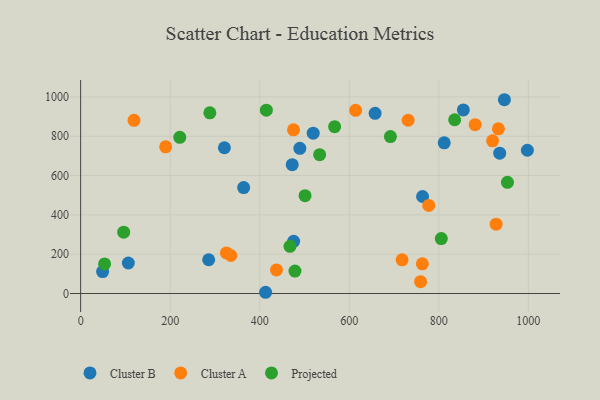
{"axis": {"x": "Investment", "y": "Profit"}, "legend": ["Cluster A", "Cluster B", "Projected"], "data": [{"x": "997.8", "y": 728.6, "type": "Cluster B"}, {"x": "519.4", "y": 815.5, "type": "Cluster B"}, {"x": "475.7", "y": 265.4, "type": "Cluster B"}, {"x": "936.0", "y": 713.9, "type": "Cluster B"}, {"x": "49.1", "y": 111.9, "type": "Cluster B"}, {"x": "321.1", "y": 741.3, "type": "Cluster B"}, {"x": "106.5", "y": 155.3, "type": "Cluster B"}, {"x": "946.5", "y": 985.6, "type": "Cluster B"}, {"x": "364.1", "y": 538.9, "type": "Cluster B"}, {"x": "413.1", "y": 6.4, "type": "Cluster B"}, {"x": "489.6", "y": 738.2, "type": "Cluster B"}, {"x": "472.6", "y": 655.4, "type": "Cluster B"}, {"x": "657.7", "y": 916.2, "type": "Cluster B"}, {"x": "763.7", "y": 493.5, "type": "Cluster B"}, {"x": "286.0", "y": 171.8, "type": "Cluster B"}, {"x": "812.0", "y": 766.5, "type": "Cluster B"}, {"x": "854.8", "y": 933.8, "type": "Cluster B"}, {"x": "933.1", "y": 837.4, "type": "Cluster A"}, {"x": "718.0", "y": 171.3, "type": "Cluster A"}, {"x": "119.2", "y": 880.8, "type": "Cluster A"}, {"x": "614.2", "y": 931.9, "type": "Cluster A"}, {"x": "325.5", "y": 206.6, "type": "Cluster A"}, {"x": "777.5", "y": 448.0, "type": "Cluster A"}, {"x": "335.5", "y": 193.4, "type": "Cluster A"}, {"x": "881.2", "y": 858.9, "type": "Cluster A"}, {"x": "759.2", "y": 60.2, "type": "Cluster A"}, {"x": "437.4", "y": 120.0, "type": "Cluster A"}, {"x": "731.5", "y": 881.3, "type": "Cluster A"}, {"x": "189.9", "y": 746.1, "type": "Cluster A"}, {"x": "928.0", "y": 352.9, "type": "Cluster A"}, {"x": "763.2", "y": 151.1, "type": "Cluster A"}, {"x": "475.5", "y": 832.5, "type": "Cluster A"}, {"x": "920.1", "y": 776.7, "type": "Cluster A"}, {"x": "478.7", "y": 114.1, "type": "Projected"}, {"x": "567.3", "y": 848.6, "type": "Projected"}, {"x": "953.3", "y": 565.7, "type": "Projected"}, {"x": "691.9", "y": 798.4, "type": "Projected"}, {"x": "805.5", "y": 279.3, "type": "Projected"}, {"x": "221.4", "y": 794.6, "type": "Projected"}, {"x": "53.5", "y": 150.5, "type": "Projected"}, {"x": "414.8", "y": 932.3, "type": "Projected"}, {"x": "835.4", "y": 883.8, "type": "Projected"}, {"x": "288.6", "y": 918.9, "type": "Projected"}, {"x": "467.6", "y": 240.1, "type": "Projected"}, {"x": "501.2", "y": 497.8, "type": "Projected"}, {"x": "533.8", "y": 706.0, "type": "Projected"}, {"x": "96.1", "y": 311.9, "type": "Projected"}]}